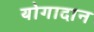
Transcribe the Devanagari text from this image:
योगादान